Report of the Indian Hemp Drugs Commission, 1894-1895 - Volume I
Year: 1894
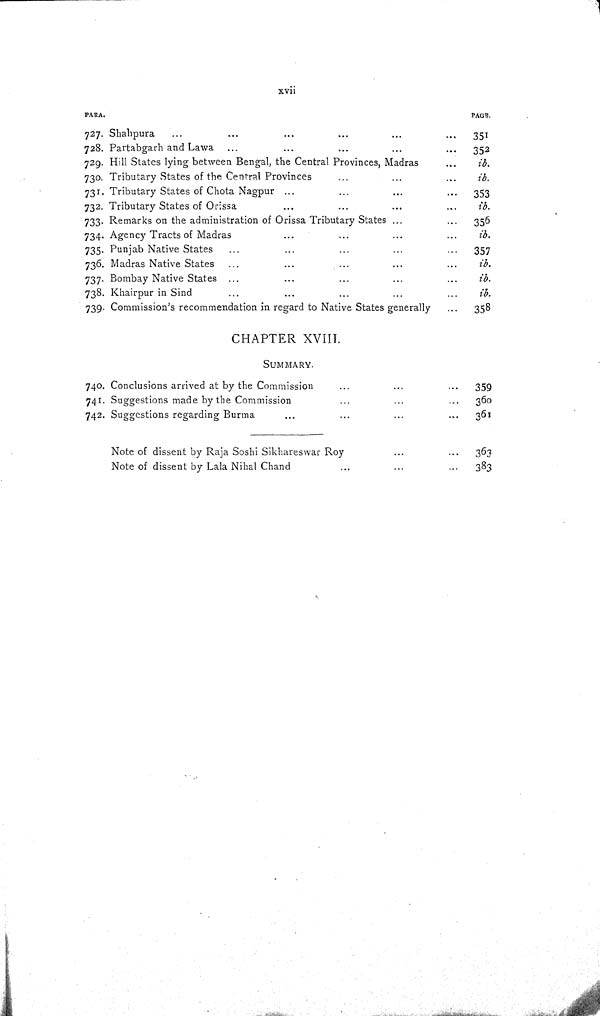
xvii
PARA.
PAGE.
727. Shahpura
351
728. Partabgarh and Lawa
352
729. Hill States lying between Bengal, the Central Provinces, Madras
ib.
730. Tributary States of the Central Provinces
ib.
731. Tributary States of Chota Nagpur
353
732. Tributary States of Orissa
ib.
733. Remarks on the administration of Orissa Tributary States
356
734. Agency Tracts of Madras
ib.
735. Punjab Native States
357
736. Madras Native States
ib.
737. Bombay Native States
ib.
738. Khairpur in Sind
ib.
739. Commission's recommendation in regard to Native States generally
358
CHAPTER XVIII.
SUMMARY.
740. Conclusions arrived at by the Commission
359
741. Suggestions made by the Commission
360
742. Suggestions regarding Burma
361
Note of dissent by Raja Soshi Sikhareswar Roy
363
Note of dissent by Lala Nihal Chand
383